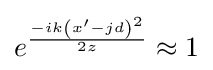
e^{\frac {-ik\left(x'-jd\right)^{2}}{2z}}\approx 1